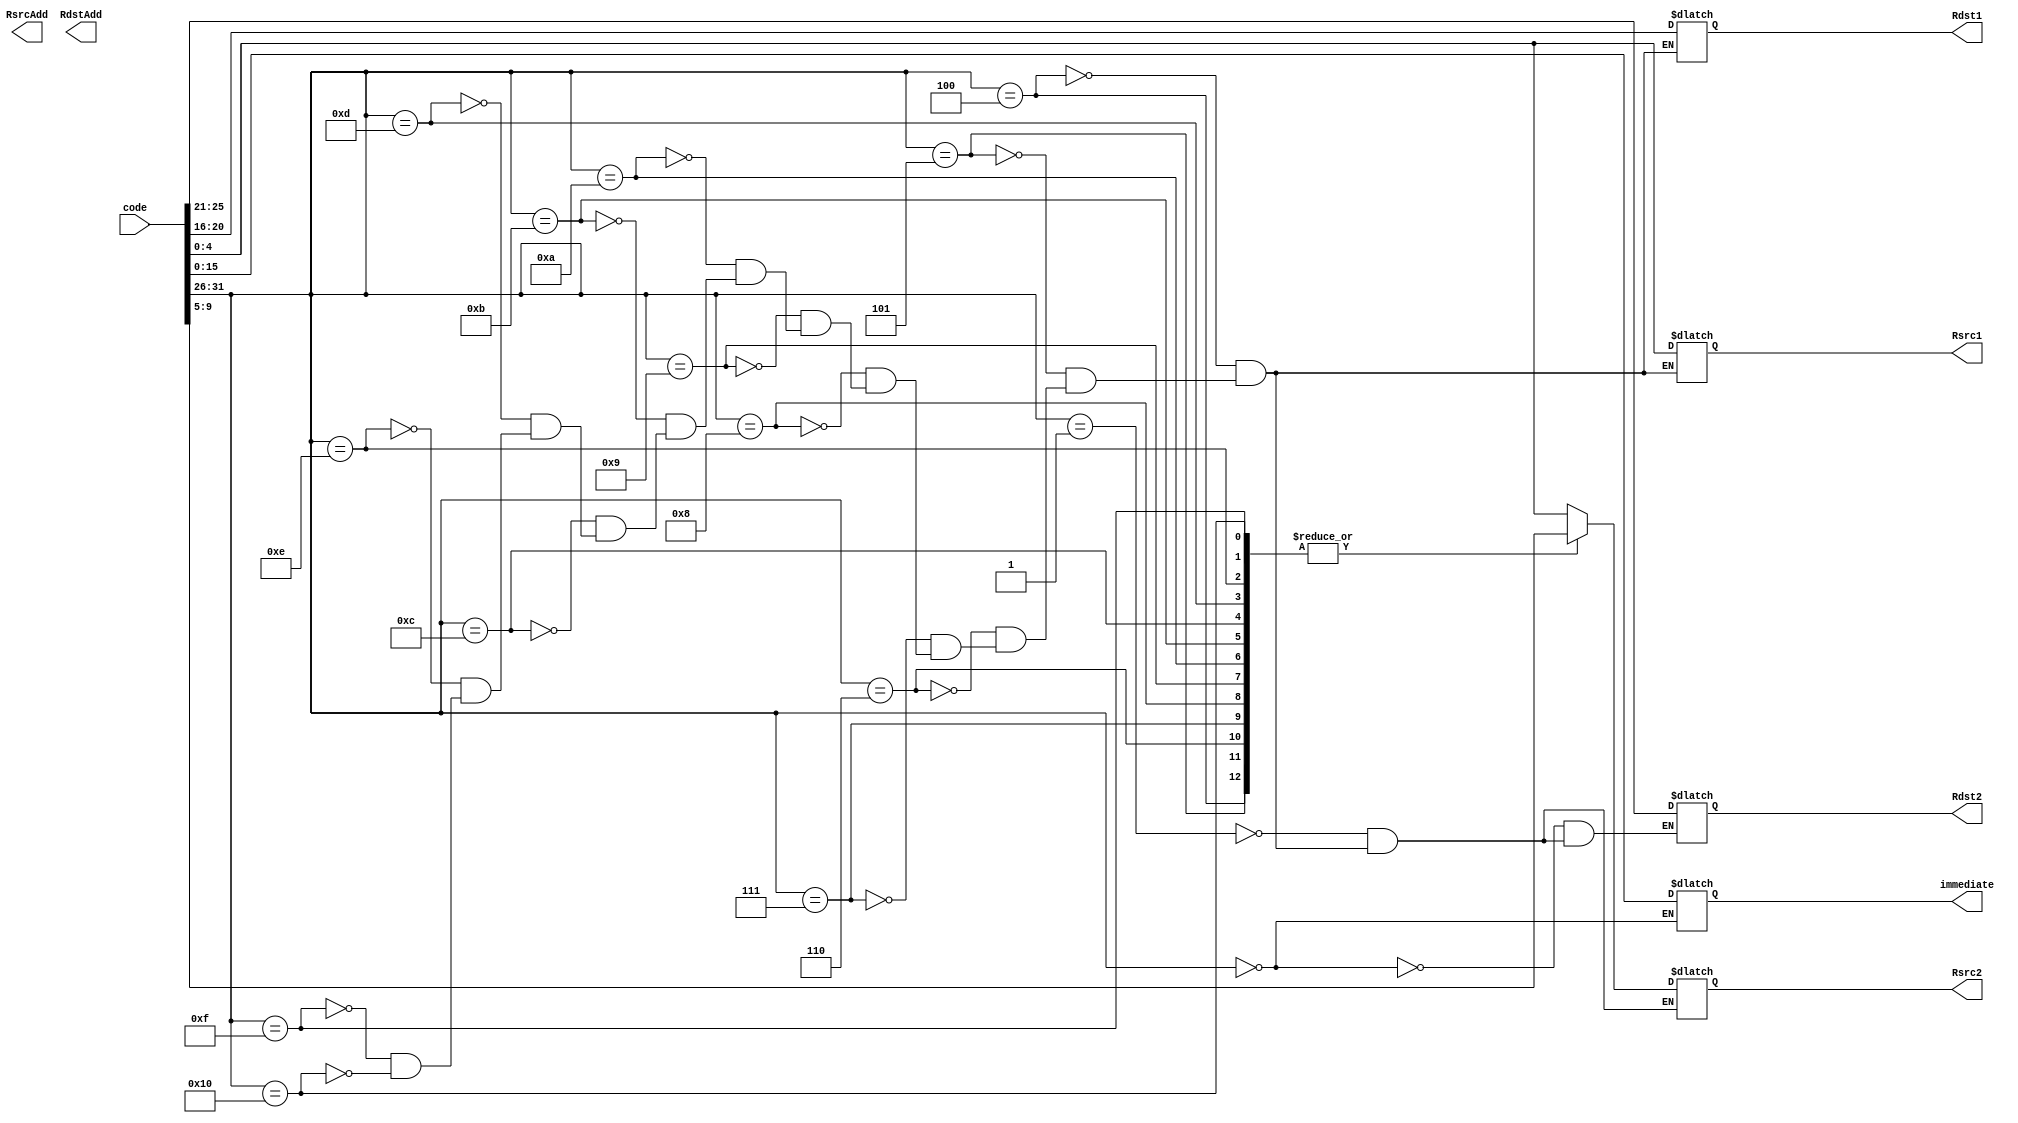
module decoder(code,Rdst2,Rdst1,Rsrc2,Rsrc1,RsrcAdd,RdstAdd,immediate);
input [31:0]code;
wire [5:0] select;
output  [4:0] Rdst2,Rdst1,Rsrc2,Rsrc1;
output [7:0] RsrcAdd,RdstAdd;
output [15:0] immediate;
reg [15:0] immediate;
reg  [4:0] Rdst2,Rdst1,Rsrc2,Rsrc1;
reg [7:0] RsrcAdd,RdstAdd;
assign select[5:0]=code[31:26];
always@(*)
begin
    case(select)
        6'b000000: begin
            Rdst2=code[25:21];
            immediate=code[15:0];
        end
        6'b000001: begin
            Rdst2=code[25:21];
            Rsrc2=code[4:0];
        end
        
        // 000010: begin
        //     Rdst2=code[25:21];
        //     RsrcAdd=code[7:0];
        // end
        // 000011: begin
        
        //     RdstAdd=code[25:18];
        //     Rsrc2=code[4:0];
        // end
        6'b000100: begin
            Rdst2=code[25:21];
            Rdst1=code[20:16];
            Rsrc2=code[9:5];
            Rsrc1=code[4:0];
        end
        6'b000101: begin
            Rdst2=code[25:21];
            Rdst1=code[20:16];
            Rsrc2=code[9:5];
            Rsrc1=code[4:0];
        end
        6'b000110: begin
            Rdst2=code[25:21];
            Rdst1=code[20:16];
            Rsrc2=code[9:5];
            Rsrc1=code[4:0];
        end
        6'b000111: begin
            Rdst2=code[25:21];
            Rdst1=code[20:16];
            Rsrc2=code[9:5];
            Rsrc1=code[4:0];
        end
        6'b001000: begin
            Rdst2=code[25:21];
            Rdst1=code[20:16];
            Rsrc2=code[9:5];
            Rsrc1=code[4:0];
        end
        6'b001001: begin
            Rdst2=code[25:21];
            Rdst1=code[20:16];
            Rsrc2=code[9:5];
            Rsrc1=code[4:0];
        end
        6'b001010: begin
            Rdst2=code[25:21];
            Rdst1=code[20:16];
            Rsrc2=code[9:5];
            Rsrc1=code[4:0];
        end
        6'b001011: begin
            Rdst2=code[25:21];
            Rdst1=code[20:16];
            Rsrc2=code[9:5];
            Rsrc1=code[4:0];
        end
        6'b001100: begin
            Rdst2=code[25:21];
            Rdst1=code[20:16];
            Rsrc2=code[9:5];
            Rsrc1=code[4:0];
        end
        6'b001101: begin
            Rdst2=code[25:21];
            Rdst1=code[20:16];
            Rsrc2=code[9:5];
            Rsrc1=code[4:0];
        end
        6'b001110: begin
            Rdst2=code[25:21];
            Rdst1=code[20:16];
            Rsrc2=code[9:5];
            Rsrc1=code[4:0];
        end
        6'b001111: begin
            Rdst2=code[25:21];
            Rdst1=code[20:16];
            Rsrc2=code[9:5];
            Rsrc1=code[4:0];
        end
        6'b010000: begin
            Rdst2=code[25:21];
            Rdst1=code[20:16];
            Rsrc2=code[9:5];
            Rsrc1=code[4:0];
        end
    endcase
    end

endmodule